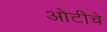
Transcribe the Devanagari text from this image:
ओटीचे